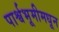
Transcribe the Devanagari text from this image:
पार्श्वभूमीमधून